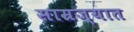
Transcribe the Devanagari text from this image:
साम्रज्यात